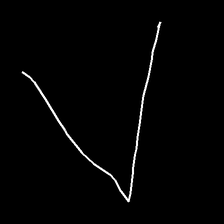
Glyph: region